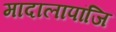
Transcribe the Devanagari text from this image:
मादालापांजि